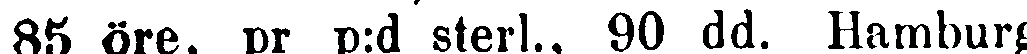
85 öre, pr p:d sterl., 90 dd. Hamburg